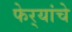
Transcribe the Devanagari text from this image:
फेर्‍यांचे